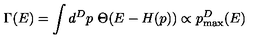
\Gamma ( E ) = \int d ^ { D } p \ \Theta ( E - H ( p ) ) \propto p _ { \mathrm { m a x } } ^ { D } ( E )